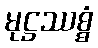
မုဋ္ဌဿစ္စံ